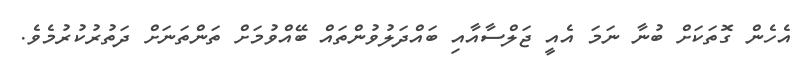
އެހެން ގޮތަކަށް ބުނާ ނަމަ އެއީ ޖަލްސާއާއި ބައްދަލުވުންތައް ބޭއްވުމަށް ތަންތަނަށް ދަތުރުކުރުމެވެ.